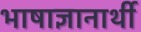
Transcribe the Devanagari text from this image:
भाषाज्ञानार्थी